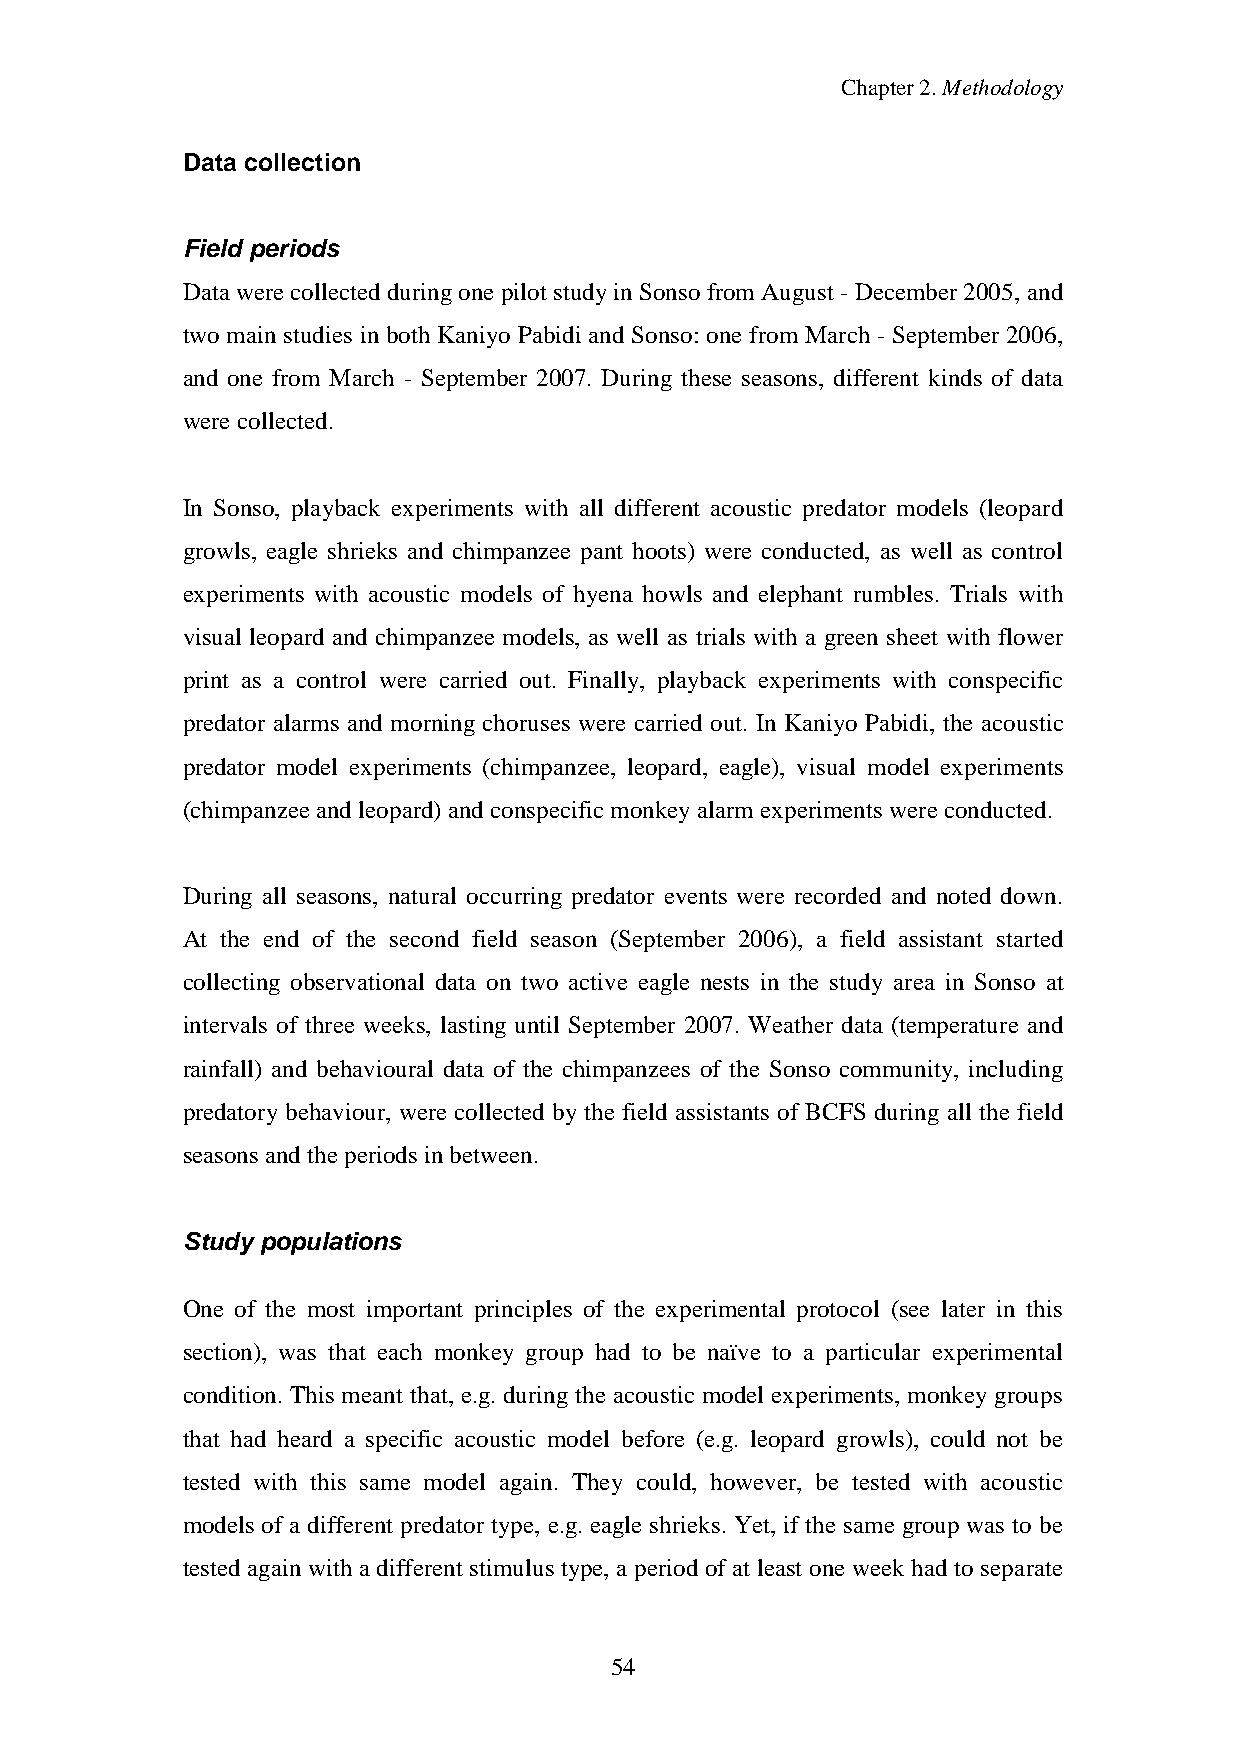
Chapter2.Methodology
 Data collection
 Field periods
 Datawere collectedduringone pilot studyinSonso from August -December2005,and
 two main studies in both Kaniyo Pabidi and Sonso: one from March - September 2006,
 and one from March - September 2007. During these seasons, different kinds of data
 were collected.
 In Sonso, playback experiments with all different acoustic predator models (leopard
 growls, eagle shrieks and chimpanzee pant hoots) were conducted, as well as control
 experiments with acoustic models of hyena howls and elephant rumbles. Trials with
 visual leopard and chimpanzee models, as well as trials with a green sheet with flower
 print as a control were carried out. Finally, playback experiments with conspecific
 predator alarms and morning choruses were carried out. In Kaniyo Pabidi, the acoustic
 predator model experiments (chimpanzee, leopard, eagle), visual model experiments
 (chimpanzeeandleopard)andconspecificmonkeyalarm experiments wereconducted.
 During all seasons, natural occurring predator events were recorded and noted down.
 At the end of the second field season (September 2006), a field assistant started
 collecting observational data on two active eagle nests in the study area in Sonso at
 intervals of three weeks, lasting until September 2007. Weather data (temperature and
 rainfall) and behavioural data of the chimpanzees of the Sonso community, including
 predatory behaviour, were collected by the field assistants of BCFS during all the field
 seasons andtheperiods inbetween.
 Study populations
 One of the most important principles of the experimental protocol (see later in this
 section), was that each monkey group had to be naïve to a particular experimental
 condition. This meant that, e.g. during the acoustic model experiments, monkey groups
 that had heard a specific acoustic model before (e.g. leopard growls), could not be
 tested with this same model again. They could, however, be tested with acoustic
 models of a different predator type, e.g. eagle shrieks. Yet, if the same group was to be
 tested again with a different stimulus type, a period of at least one week had to separate
 54